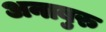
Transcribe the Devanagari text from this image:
अनाबुरु